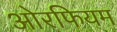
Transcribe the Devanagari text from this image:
ओरफियम